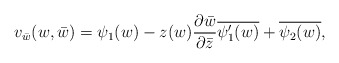
\begin{align*}v_{\bar{w}}(w, \bar{w}) = \psi_1 (w) - z(w)\frac{\partial \bar{w}}{\partial \bar{z}} \overline{\psi'_1 (w)} + \overline{\psi_2 (w)},\end{align*}